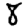
Digit: 8